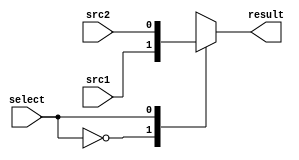
module MUX2to1(
	input      src1,
	input      src2,
	input	   select,
	output reg result
	);
/* Write your code HERE */
always @(*)begin
    case(select)
		1'b0: result <= src1;
		1'b1: result <= src2;
	endcase
end

endmodule